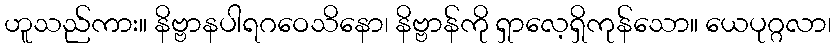
ဟူသည်ကား။ နိဗ္ဗာနပါရဂဝေသိနော၊ နိဗ္ဗာန်ကို ရှာလေ့ရှိကုန်သော။ ယေပုဂ္ဂလာ၊